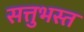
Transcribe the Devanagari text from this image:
सत्तुभस्त